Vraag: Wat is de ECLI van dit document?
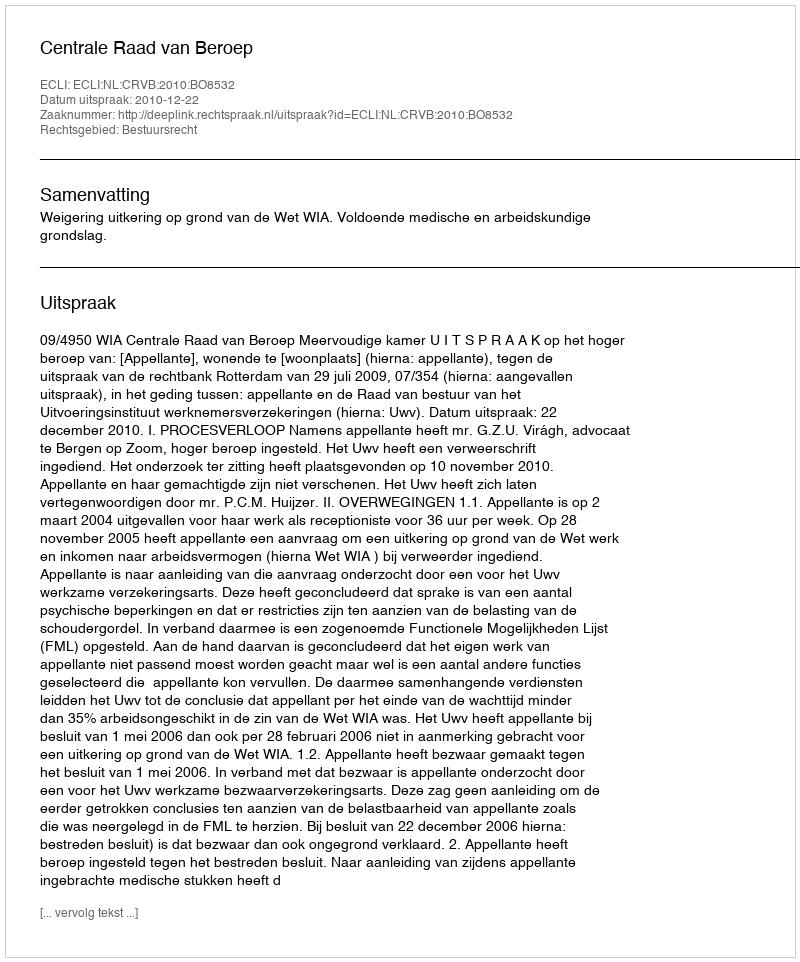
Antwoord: ECLI:NL:CRVB:2010:BO8532